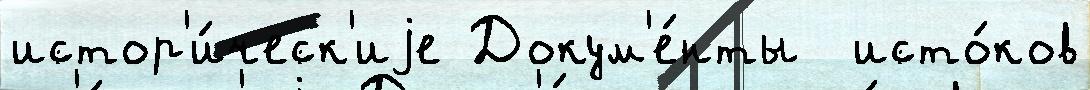
истор'и́ческ'иjе Докум'е́нты  исто́ков